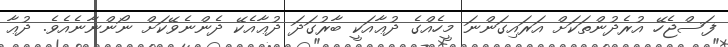
ފަސްޖެހޭ އުރެދުންތަކަށް އަރައިގަންނަ މީހެއްގެ ދުޢާއަކީ ބާރުގަދަ ދުޢާއެކޭ ދެންނެވޭކަށް ނޯންނާނެއެވެ. ދުޢާ